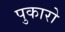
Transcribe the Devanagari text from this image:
पुकारो